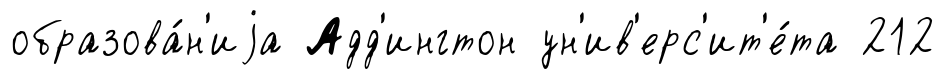
образова́н'иjа Адд'ингтон ун'ив'ерс'ит'е́та 212